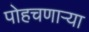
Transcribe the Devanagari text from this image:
पोहचणाऱ्या